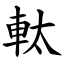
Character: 軚